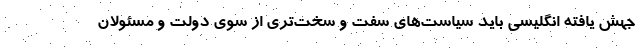
جهش یافته انگلیسی باید سیاست‌های سفت و سخت‌تری از سوی دولت و مسئولان